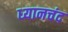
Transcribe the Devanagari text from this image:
ध्‍यानचंद